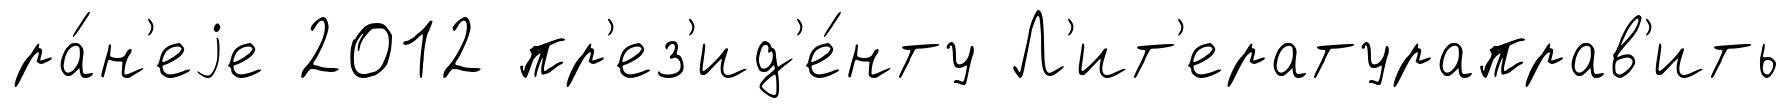
ра́н'еjе 2012 пр'ез'ид'е́нту Л'ит'ератураправ'ить